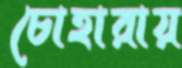
চোহারায়